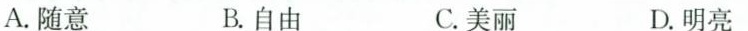
A.随意 B.自由 C.美丽 D.明亮